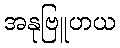
အနုဗြူဟယ